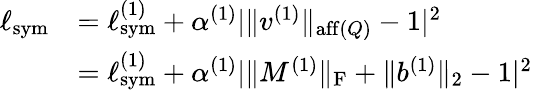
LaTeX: \begin{array}{rl}{\ell_{\mathrm{sym}}}&{=\ell_{\mathrm{sym}}^{(1)}+\alpha^{(1)}|\| v^{(1)}\| _{\mathrm{aff}(Q)}-1|^{2}}\\ &{=\ell_{\mathrm{sym}}^{(1)}+\alpha^{(1)}|\| M^{(1)}\| _{\mathrm{F}}+\| b^{(1)}\| _{2}-1|^{2}}\end{array}